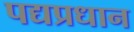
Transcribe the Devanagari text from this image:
पद्यप्रधान